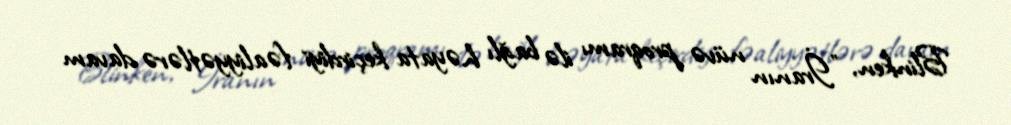
Blinken, "İranın nüvə proqramı ilə bağlı həyata keçirdiyi fəaliyyətlərə davam